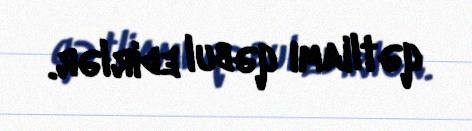
qətliamı qəbul edirlər.